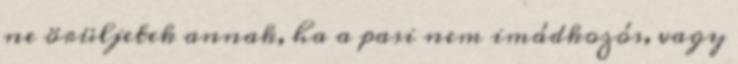
ne örüljetek annak, ha a pasi nem imádkozós, vagy